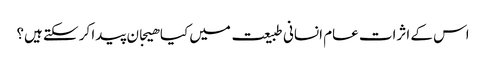
اس کے اثرات عام انسانی طبیعت میں کیا ھیجان پیدا کر سکتے ہیں؟